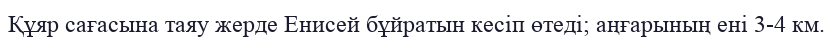
Құяр сағасына таяу жерде Енисей бұйратын кесіп өтеді; аңғарының ені 3-4 км.